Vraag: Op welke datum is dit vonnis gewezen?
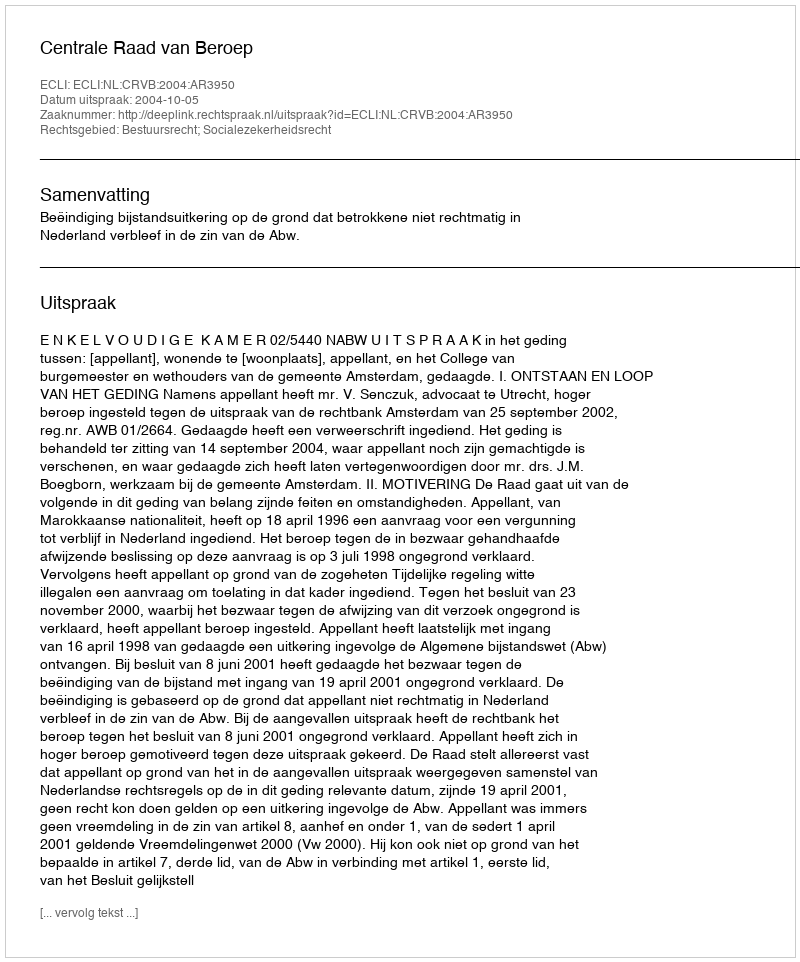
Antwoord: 2004-10-05